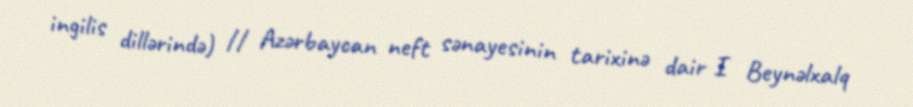
ingilis dillərində) // Azərbaycan neft sənayesinin tarixinə dair I Beynəlxalq